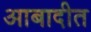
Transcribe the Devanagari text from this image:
आबादीत